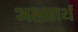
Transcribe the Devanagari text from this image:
अक्षरार्थ